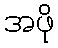
အဖို